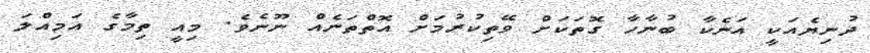
ދުނިޔެއަކީ އަނެކާ ބުނާހާ ގޮތަކަށް ވޭތިކުރުމަށް އޮތްތަނެއް ނޫނެވެ. މިއީ ތިމާގެ އަމިއްލަ